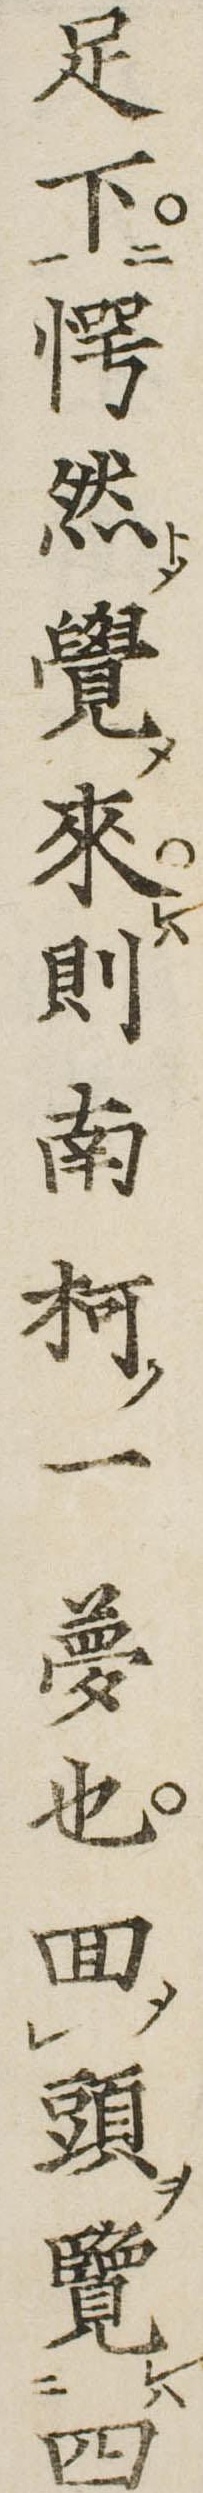
足下愕然覚来則南柯一夢也回頭覧四